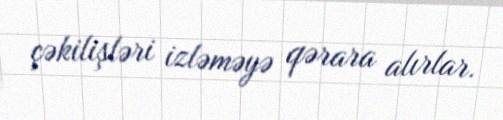
çəkilişləri izləməyə qərara alırlar.